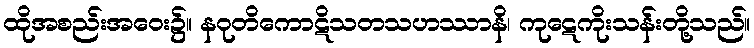
ထိုအစည်းအဝေး၌။ နဝုတိကောဋိသတသဟဿာနိ၊ ကုဋေကိုးသန်းတို့သည်။